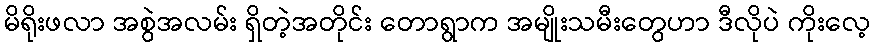
မိရိုးဖလာ အစွဲအလမ်း ရှိတဲ့အတိုင်း တောရွာက အမျိုးသမီးတွေဟာ ဒီလိုပဲ ကိုးလေ့